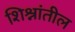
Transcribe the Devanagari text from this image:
शिश्नांतील